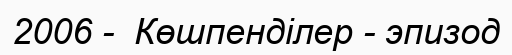
2006 -  Көшпенділер - эпизод